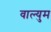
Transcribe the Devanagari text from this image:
वाल्युम